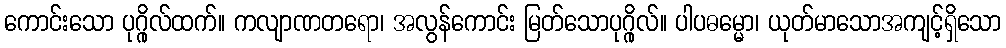
ကောင်းသော ပုဂ္ဂိုလ်ထက်။ ကလျာဏတရော၊ အလွန်ကောင်း မြတ်သောပုဂ္ဂိုလ်။ ပါပဓမ္မော၊ ယုတ်မာသောအကျင့်ရှိသော